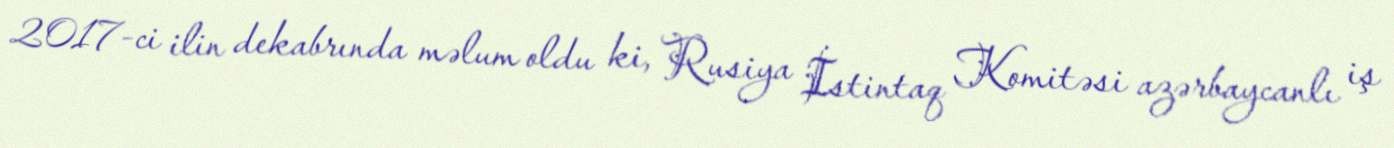
2017-ci ilin dekabrında məlum oldu ki, Rusiya İstintaq Komitəsi azərbaycanlı iş